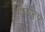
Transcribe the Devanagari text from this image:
गाझेटिएर